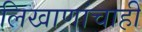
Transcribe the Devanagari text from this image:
लिखाणांचाही